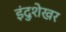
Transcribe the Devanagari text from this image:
इंदुशेखर